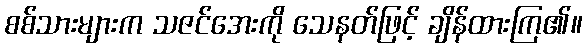
စစ်သားများက သဇင်အေးကို သေနတ်ဖြင့် ချိန်ထားကြ၏။